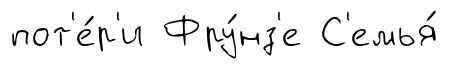
пот'е́р'и Фру́нз'е С'емья́